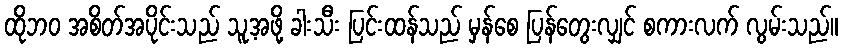
ထိုဘဝ အစိတ်အပိုင်းသည် သူ့အဖို့ ခါးသီး ပြင်းထန်သည် မှန်စေ ပြန်တွေးလျှင် စကားလက် လွမ်းသည်။